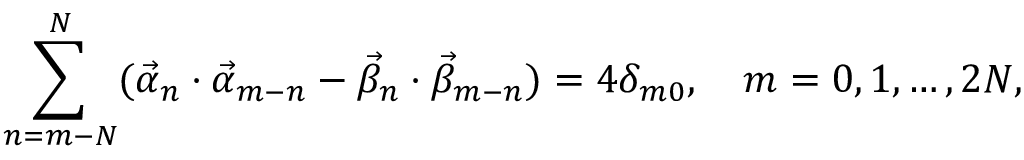
\sum _ { n = m - N } ^ { N } ( \vec { \alpha } _ { n } \cdot \vec { \alpha } _ { m - n } - \vec { \beta } _ { n } \cdot \vec { \beta } _ { m - n } ) = 4 \delta _ { m 0 } , \quad m = 0 , 1 , \dots , 2 N ,